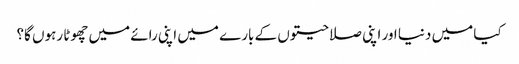
کیا میں دنیا اور اپنی صلاحیتوں کے بارے میں اپنی رائے میں چھوٹا رہوں گا؟